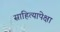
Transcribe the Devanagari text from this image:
साहित्यापेक्षा